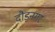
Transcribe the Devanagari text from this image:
दौड़नगर